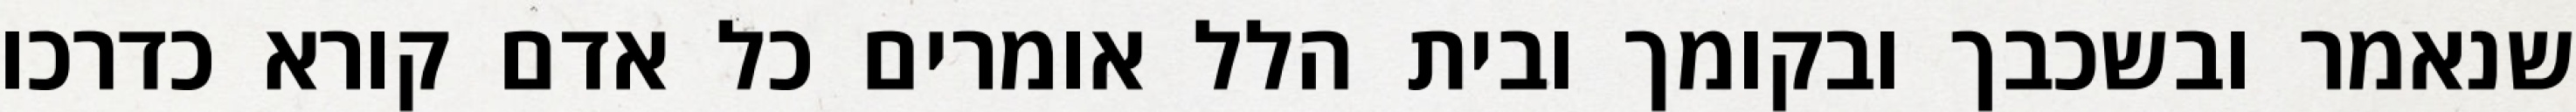
שנאמר ובשכבך ובקומך ובית הלל אומרים כל אדם קורא כדרכו